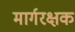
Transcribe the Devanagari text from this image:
मार्गरक्षक